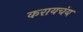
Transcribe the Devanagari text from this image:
करायचंय